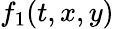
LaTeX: f_{1}(t,x,y)